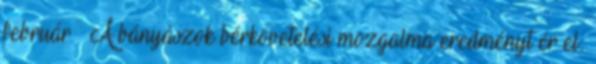
február – A bányászok bérkövetelési mozgalma eredményt ér el: